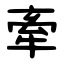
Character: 牽